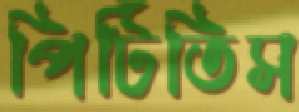
পিটিতিস